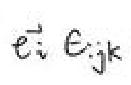
$e^i\ \epsilon_{ijk}$